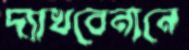
দ্যাখবেনানে